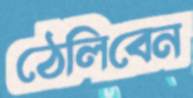
ঠেলিবেন